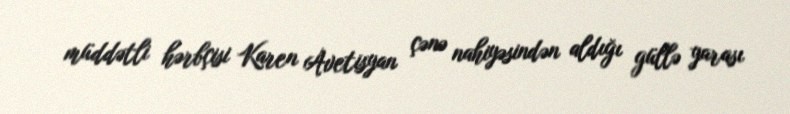
müddətli hərbçisi Karen Avetisyan çənə nahiyəsindən aldığı güllə yarası